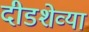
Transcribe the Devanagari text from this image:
दीडशेव्या